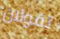
تقولان